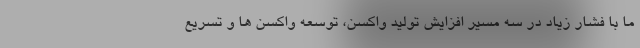
ما با فشار زیاد در سه مسیر افزایش تولید واکسن، توسعه واکسن ها و تسریع